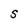
Character: S